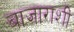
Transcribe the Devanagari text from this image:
बाजाराशीं